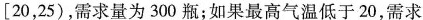
[20，25)，需求量为300瓶；如果最高气温低于20，需求